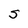
Character: s